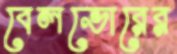
বেলভোরের